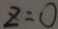
z = 0